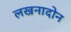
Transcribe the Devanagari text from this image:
लखनादोन